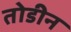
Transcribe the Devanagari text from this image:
तोडीन